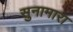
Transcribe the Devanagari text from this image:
सुनामारा